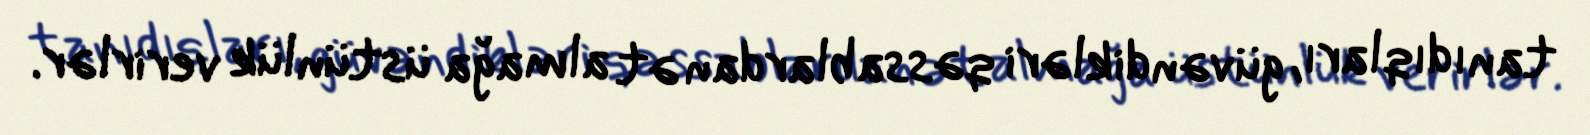
tanıdıqları, güvəndikləri qəssablardan ət almağa üstünlük verirlər.